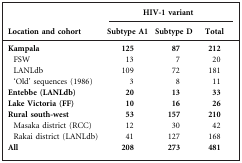
<table><thead><tr><td></td><td colspan="3"><b>HIV-1 variant</b></td></tr><tr><td><b>Location and cohort</b></td><td><b>Subtype A1</b></td><td><b>Subtype D</b></td><td><b>Total</b></td></tr></thead><tbody><tr><td><b>Kampala</b></td><td><b>125</b></td><td><b>87</b></td><td><b>212</b></td></tr><tr><td>FSW</td><td>13</td><td>7</td><td>20</td></tr><tr><td>LANLdb</td><td>109</td><td>72</td><td>181</td></tr><tr><td>‘Old’ sequences (1986)</td><td>3</td><td>8</td><td>11</td></tr><tr><td><b>Entebbe (LANLdb)</b></td><td><b>20</b></td><td><b>13</b></td><td><b>33</b></td></tr><tr><td><b>Lake Victoria (FF)</b></td><td><b>10</b></td><td><b>16</b></td><td><b>26</b></td></tr><tr><td><b>Rural south-west</b></td><td><b>53</b></td><td><b>157</b></td><td><b>210</b></td></tr><tr><td>Masaka district (RCC)</td><td>12</td><td>30</td><td>42</td></tr><tr><td>Rakai district (LANLdb)</td><td>41</td><td>127</td><td>168</td></tr><tr><td><b>All</b></td><td><b>208</b></td><td><b>273</b></td><td><b>481</b></td></tr></tbody></table>